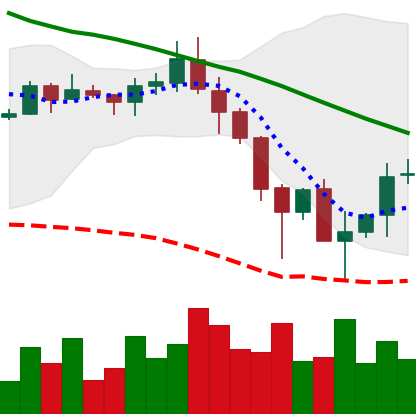
Ticker: ADA-USD
Chart end date: 2019-11-28
Forward return: -3.248%
Label: down_3_5